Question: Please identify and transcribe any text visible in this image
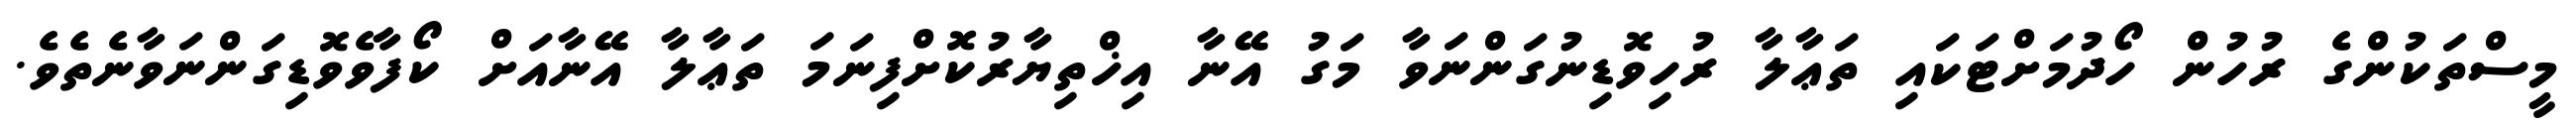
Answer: މީސްތަކުންގެ ރުހުން ހޯދުމަށްޓަކައި ތަޢާލާ ރުހިވޮޑިނުގަންނަވާ މަގު އޭނާ އިޚްތިޔާރުކޮށްފިނަމަ ތަޢާލާ އޭނާއަށް ކޯފާވެވޮޑިގަންނަވާނެތެވެ.